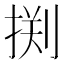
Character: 𰔂